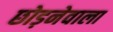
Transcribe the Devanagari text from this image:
छोड़नेवाला